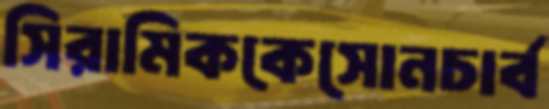
সিরামিককেসোনচার্ব